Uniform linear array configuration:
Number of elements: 8
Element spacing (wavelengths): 1
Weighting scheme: binomial
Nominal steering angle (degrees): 0
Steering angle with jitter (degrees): -0.7457
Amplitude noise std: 0.05
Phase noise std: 0.05

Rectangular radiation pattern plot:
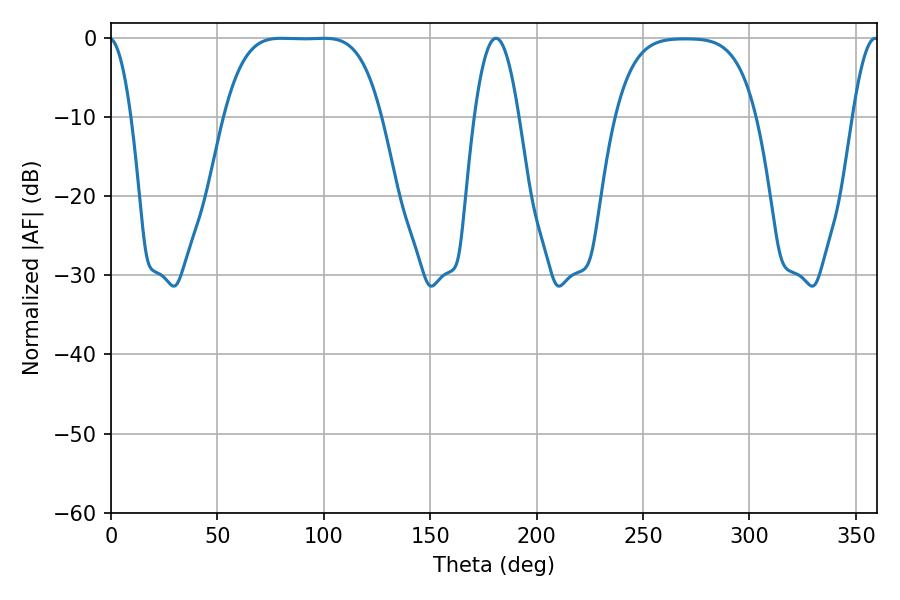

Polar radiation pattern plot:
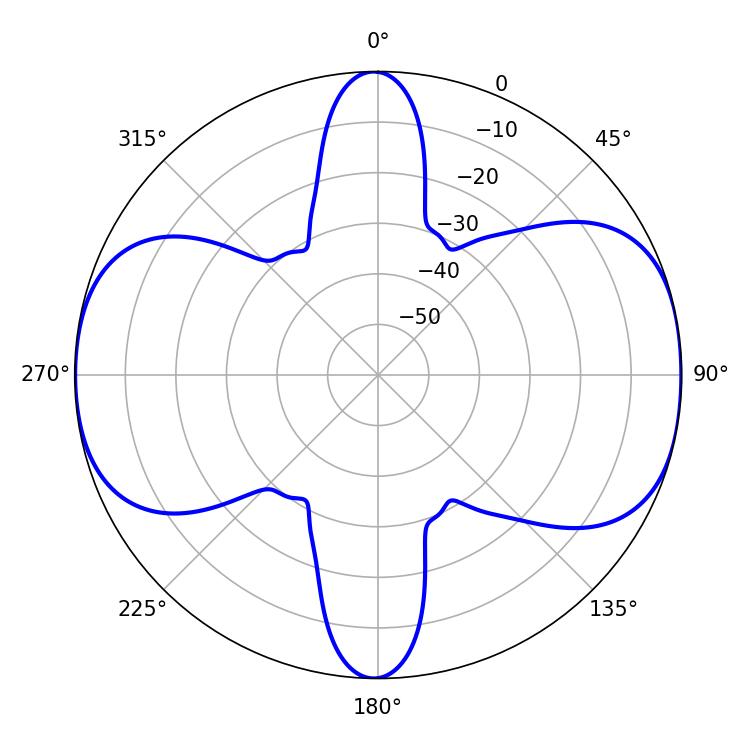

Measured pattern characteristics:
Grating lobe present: TRUE
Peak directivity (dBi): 11.318
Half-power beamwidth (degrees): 55.8
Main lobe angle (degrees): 79.92